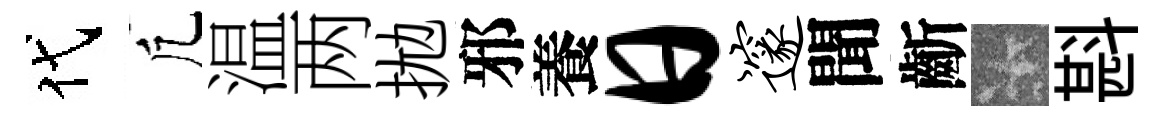
代凢温两拋邪養日邃聞齗卡斟